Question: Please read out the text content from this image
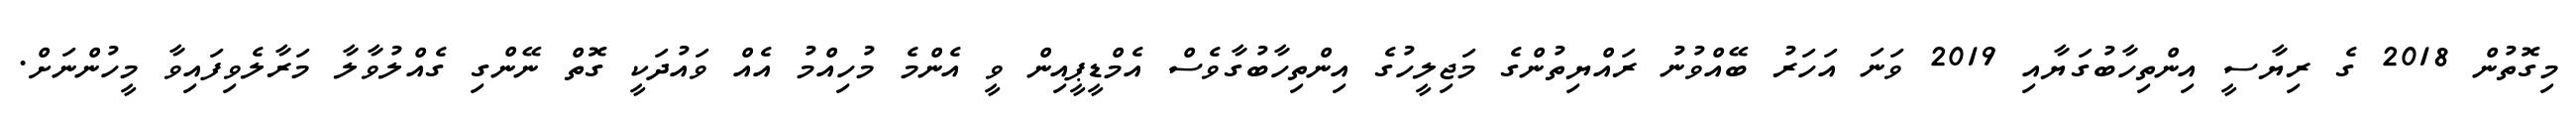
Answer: މިގޮތުން 2018 ގެ ރިޔާސީ އިންތިހާބުގަޔާއި 2019 ވަނަ އަހަރު ބޭއްވުނު ރައްޔިތުންގެ މަޖިލީހުގެ އިންތިހާބުގާވެސް އެމްޑީޕީއިން ވީ އެންމެ މުހިއްމު އެއް ވައުދަކީ ގޮތް ނޭންގި ގެއްލުވާލާ މަރާލެވިފައިވާ މީހުންނަށް.